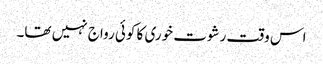
اس وقت رشوت خوری کا کوئی رواج نہیں تھا۔